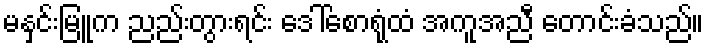
မနှင်းမြူက ညည်းတွားရင်း ဒေါ်စောရုံထံ အကူအညီ တောင်းခံသည်။